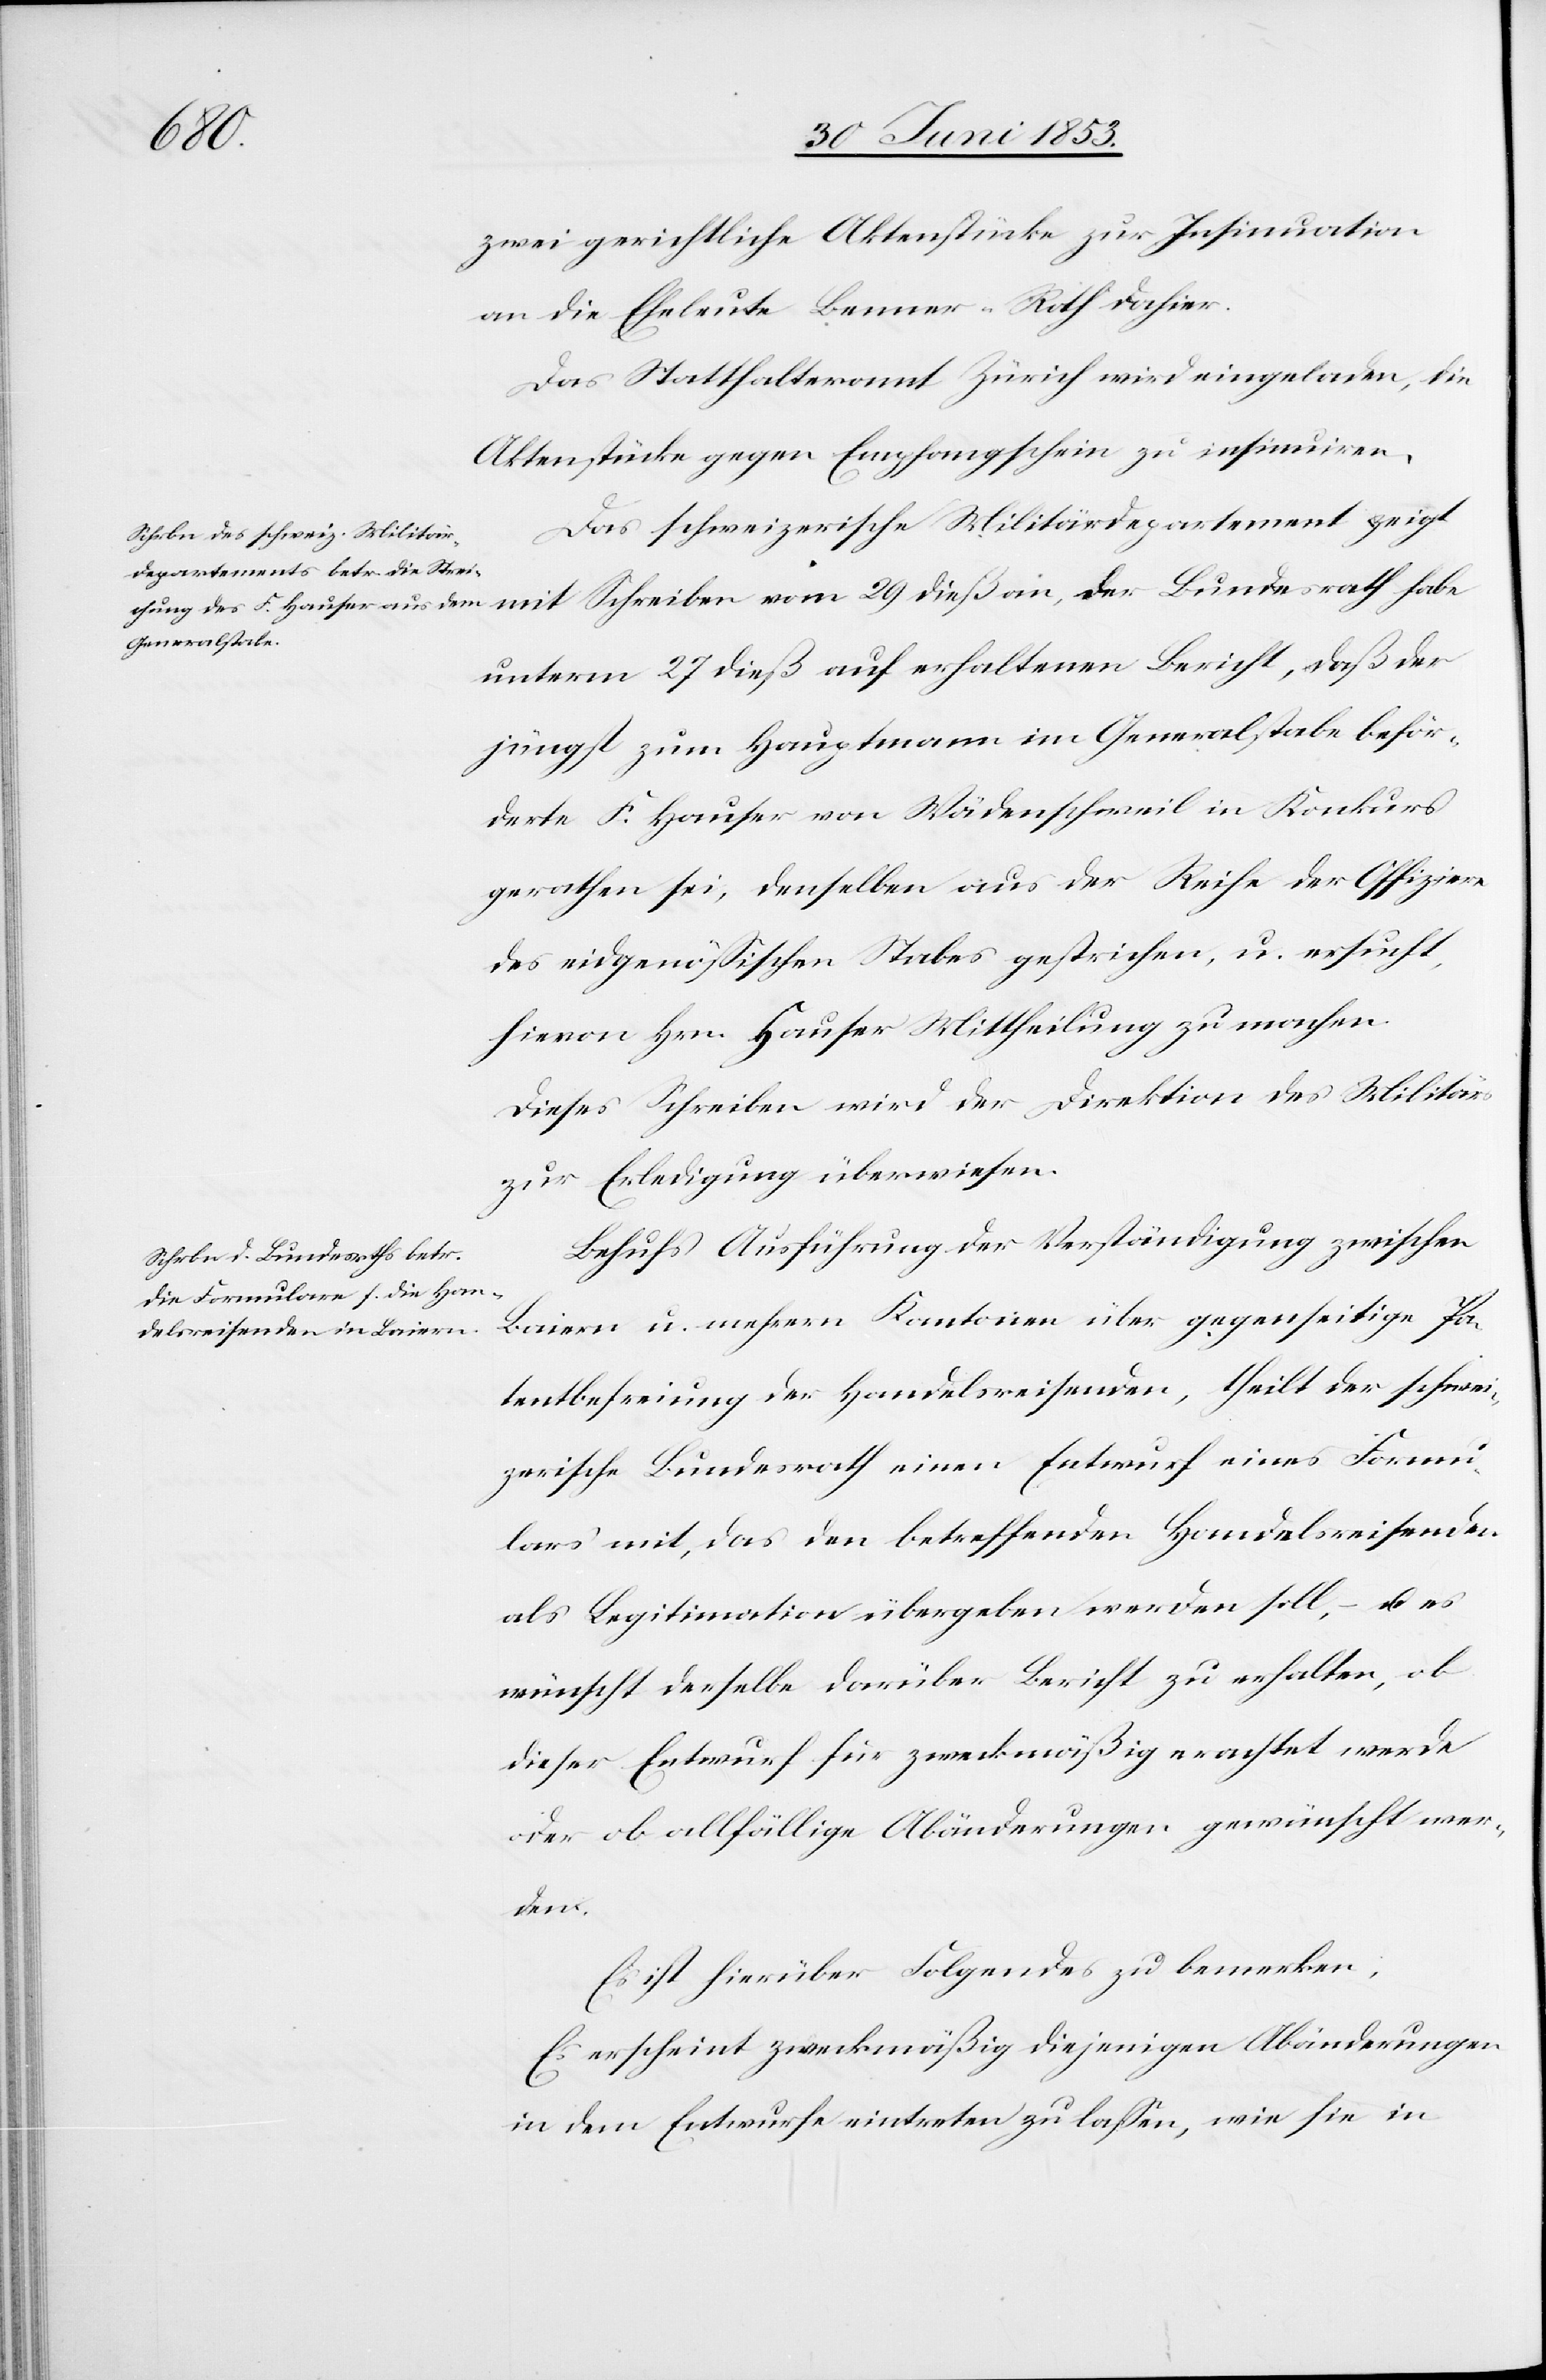
zwei gerichtliche Aktenstücke zur Insinuation
an die Eheleute Berner-Roth dahier.
Das Statthalteramt Zürich wird eingeladen, die
Aktenstücke gegen Empfangsschein zu insinuiren.
Das schweizerische Militärdepartement zeigt
mit Schreiben vom 29 dieß an, der Bundesrath habe
unterm 27 dieß auf erhaltenen Bericht, daß der
jüngst zum Hauptmann im Generalstabe beför¬
derte F. Hauser von Wädenschweil in Konkurs
gerathen sei, denselben aus der Reihe der Offiziere
des eidgenößischen Stabes gestrichen, u. ersucht,
hiervon Hrn. Hauser Mittheilung zu machen.
Dieses Schreiben wird der direktion des Militärs
zur Erledigung überwiesen.
Behufs Ausführung der Verständigung zwischen
Baiern u. mehrern Kantonen über gegenseitige Pa¬
tentbefreiung der Handelsreisenden, theilt der schwei¬
zerische Bundesrath einen Entwurf eines Formu¬
lars mit, das den betreffenden Handelsreisenden
als Legimitation übergeben werden soll, – u. es
wünscht derselbe darüber Bericht zu erhalten, ob
dieser Entwurf für zweckmäßig erachtet werde
oder ob allfällige Abänderungen gewünscht wer¬
den.
Es ist hierüber Folgendes zu bemerken;
Es erscheint zweckmäßig diejenigen Abänderungen
in dem Entwurfe eintreten zu laßen, wie sie in